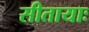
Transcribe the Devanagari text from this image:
सीतायाः